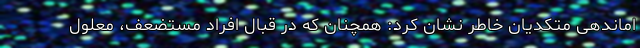
اماندهی متکدیان خاطر نشان کرد: همچنان که در قبال افراد مستضعف، معلول